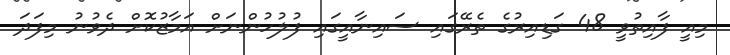
މިއީ ފާއިތުވީ 48 ގަޑިއިރުގެ ތެރޭގައި ސައިނާއީގައި ފުލުހުންނަށް އަމާޒުކޮށް ދެވުނު މިފަދަ